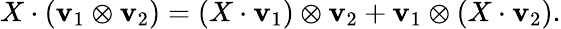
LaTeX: X\cdot(\mathbf{v}_{1}\otimes\mathbf{v}_{2})=(X\cdot\mathbf{v}_{1})\otimes\mathbf{v}_{2}+\mathbf{v}_{1}\otimes(X\cdot\mathbf{v}_{2}).